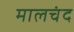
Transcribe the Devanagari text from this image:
मालचंद